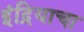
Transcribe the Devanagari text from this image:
इंद्रियाचा